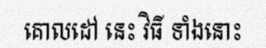
គោលដៅ នេះ វិធី ទាំងនោះ